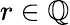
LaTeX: r\in\mathbb{Q}